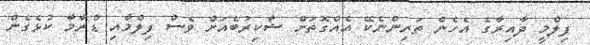
ފިލްމީ ދާއިރާގެ އެހެން ތަރިންނެކޭ އެއްގޮތަށް ޝާކިރުބެއަށް ވެސް ފިލްމާއި ޑްރާމާ ކުޅެގެން